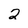
Character: 2